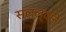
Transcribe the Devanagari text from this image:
सल्ल्यानें